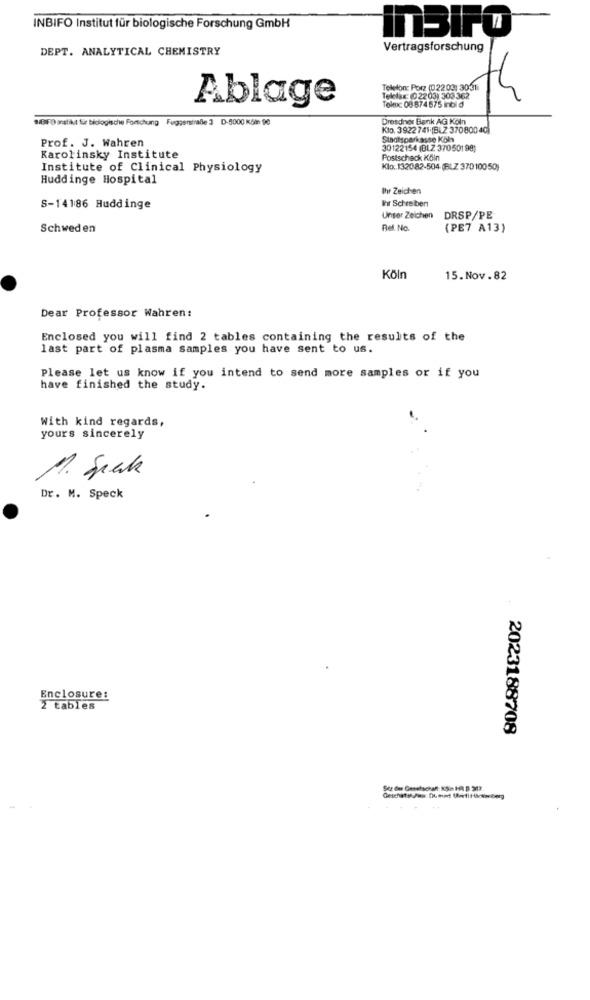
INBIFO Institut für biologische Forschung GmbH
InBirO
DEPT. ANALYTICAL CHEMISTRY
Vertragsforschung
Toluc 08 874 675 inbild
Telefax: (02203) 303 362
Ablage
Tobe Por 022 01 30 5 Th
"GIFO inslikt für biologische Forschung Fuggerstraße 3 D-5000 Km 90
Dresdner Bank AG Koln
Klo. 3922 741:(BLZ 37080040)
Prof. J. Wahren
Sincisparkasse Köln
30122154 (BLZ 37050198)
Karolinsky Institute
Postscheck Köln
Institute of Clinical Physiology
Klo ,. 132082-504 (BLZ 37010050)
Huddinge Hospital
Ihr Zeichen
Fr Schreiben
S-14186 Huddinge
Unser Zeichen
DRSP/PE
Schweden
Rel. No.
(PE7 A13)
Köln
15.Nov.82
Dear Professor Wahren:
Enclosed you will find 2 tables containing the results of the
last part of plasma samples you have sent to us.
Please let us know if you intend to send more samples or if you
have finished the study.
With kind regards,
yours sincerely
M. Suck
Dr. M. Speck
Enclosure:
2 tables
2023188708